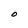
Character: O